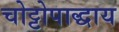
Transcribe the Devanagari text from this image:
चोट्टोपाद्धाय